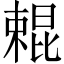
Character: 𣙹